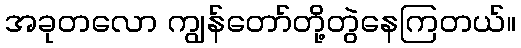
အခုတလော ကျွန်တော်တို့တွဲနေကြတယ်။